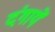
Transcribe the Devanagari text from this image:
दंगायें